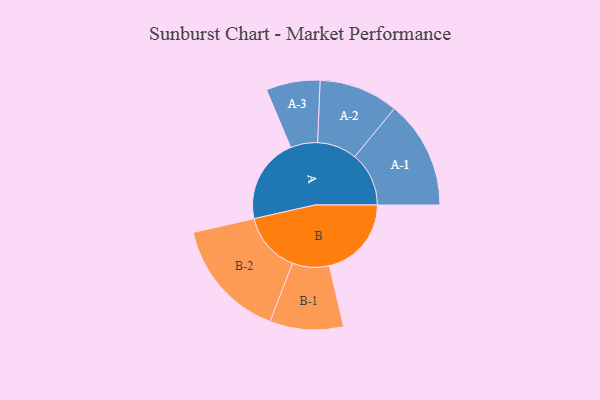
{"axis": {"x": "Segment", "y": "Value"}, "legend": ["", "A", "B"], "data": [{"x": "A", "y": 409, "type": ""}, {"x": "B", "y": 393, "type": ""}, {"x": "A-1", "y": 259, "type": "A"}, {"x": "A-2", "y": 190, "type": "A"}, {"x": "A-3", "y": 129, "type": "A"}, {"x": "B-1", "y": 176, "type": "B"}, {"x": "B-2", "y": 288, "type": "B"}]}